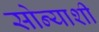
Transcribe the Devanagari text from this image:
सोन्याशी